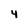
Character: 4